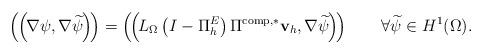
LaTeX: \begin{align*}\left(\kern-.1em\left(\kern-.1em\nabla\psi,\nabla\widetilde{\psi}\kern-.1em\right)\kern-.1em\right) =\left(\kern-.1em\left(\kern-.1emL_{\Omega}\left( I-\Pi_{h}^{E}\right) \Pi^{\operatorname*{comp},\ast}\mathbf{v}_{h},\nabla\widetilde{\psi}\kern-.1em\right)\kern-.1em\right) \qquad\forall\widetilde{\psi}\in H^{1}(\Omega).\end{align*}